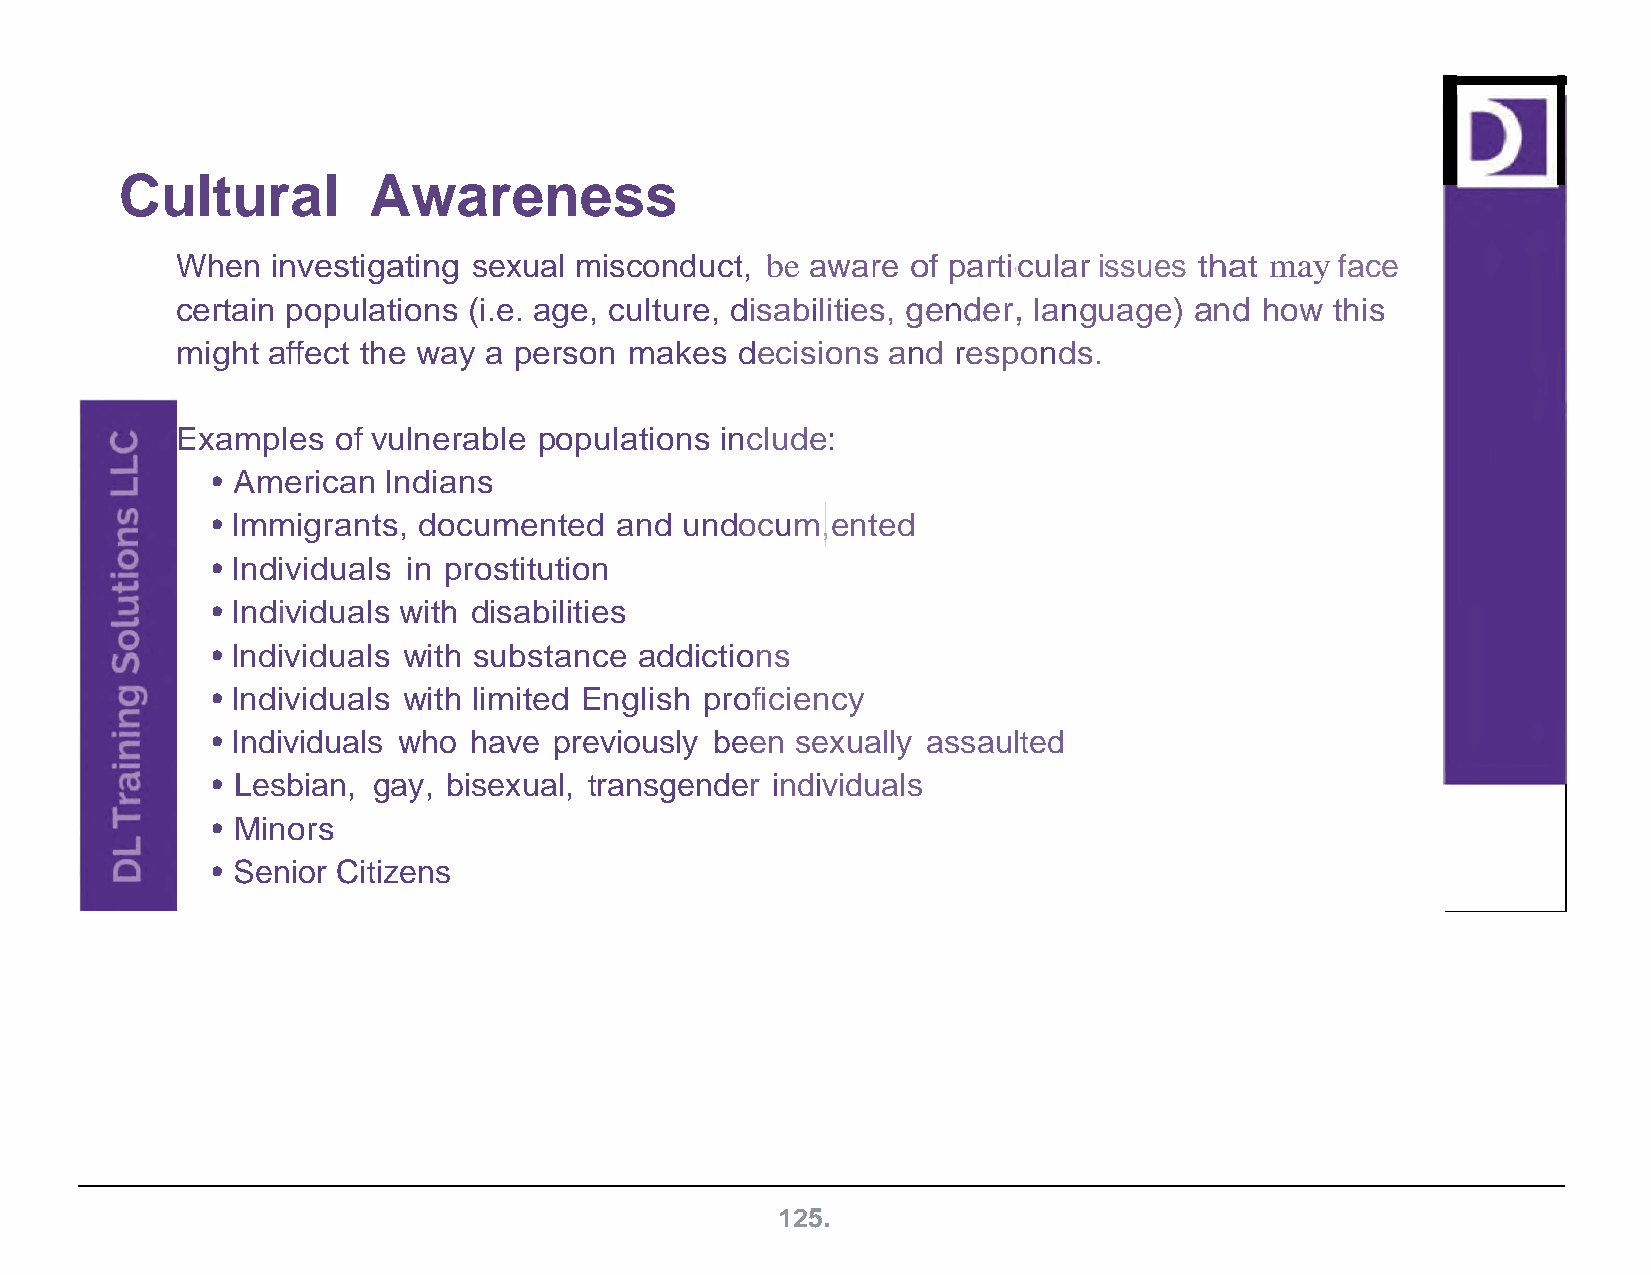
Cultural        Awareness
 When  investigating sexual misconduct, be aware of particular issues that may face
 1
 certain populations (i.e. age, culture, disabilities, gender, language) and how this
 might affect the way a person makes  decisions and responds.
 Examples  of vulnerable populations include:
 • American Indians
 • Immigrants, documented   and undocum,ented
 • Individuals in prostitution
 • Individuals with disabilities
 • Individuals with substance addictions
 • Individuals with limited English proficiency
 • Individuals who have previously been sexually assaulted
 • Lesbian, gay, bisexual, transgender individuals
 • Minors
 • Senior Citizens
 125.